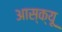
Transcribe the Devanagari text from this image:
आस्क्यू